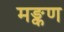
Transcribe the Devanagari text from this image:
मङ्कण